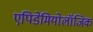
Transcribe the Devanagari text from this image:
एपिडेमियोलॉजिक